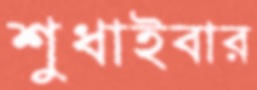
শুধাইবার